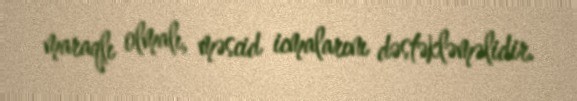
maraqlı olmalı, məscid icmalarını dəstəkləməlidir.